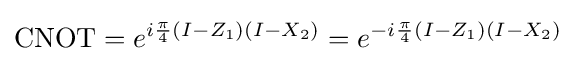
{\mbox{CNOT}}=e^{i{\frac {\pi }{4}}(I-Z_{1})(I-X_{2})}=e^{-i{\frac {\pi }{4}}(I-Z_{1})(I-X_{2})}